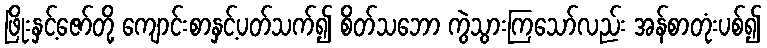
ဖြိုးနှင့်ဇော်တို့ ကျောင်းစာနှင့်ပတ်သက်၍ စိတ်သဘော ကွဲသွားကြသော်လည်း အန်စာတုံးပစ်၍